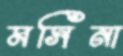
মসিনা